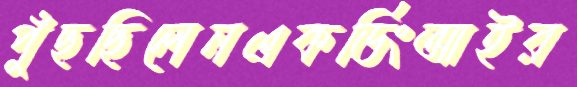
পুঁছছিলেনএকর্ডিংআইর